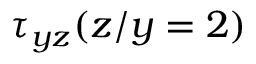
\tau _ { y z } ( z / y = 2 )